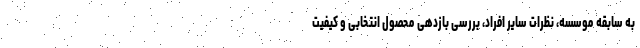
به سابقه موسسه، نظرات سایر افراد، بررسی بازدهی محصول انتخابی و کیفیت